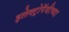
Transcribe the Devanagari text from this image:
इलेक्ट्रोपॅथीच्या